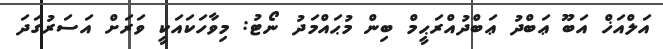
އަލްއަޚް އަބޫ ޢަބްދު ޢަބްދުއްރަޙީމް ބިން މުޙައްމަދު ނޯޓު: މިވާހަކައަކީ ވަރަށް އަސަރުގަދަ